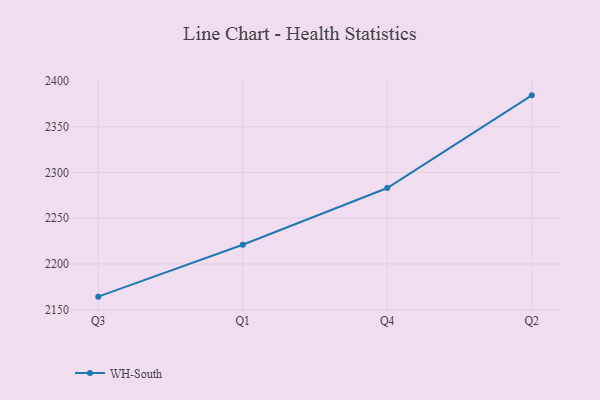
{"axis": {"x": "Quarter", "y": "LTV (USD)"}, "legend": ["WH-South"], "data": [{"x": "Q3", "y": 2164.3, "type": "WH-South"}, {"x": "Q1", "y": 2221.0, "type": "WH-South"}, {"x": "Q4", "y": 2283.0, "type": "WH-South"}, {"x": "Q2", "y": 2384.2, "type": "WH-South"}]}